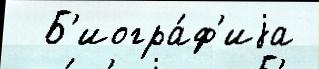
  Б'иогра́ф'иjа